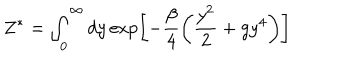
Z ^ { * } = \int _ { 0 } ^ { \infty } d y \exp \left[ - \frac { \beta } { 4 } \left( \frac { y ^ { 2 } } { 2 } + g y ^ { 4 } \right) \right]